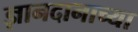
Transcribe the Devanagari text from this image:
ज्ञानदानाच्या